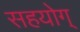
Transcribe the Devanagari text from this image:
सहयोग्